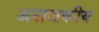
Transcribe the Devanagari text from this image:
अराजकीय